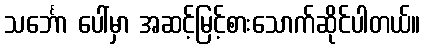
သင်္ဘော ပေါ်မှာ အဆင့်မြင့်စားသောက်ဆိုင်ပါတယ်။